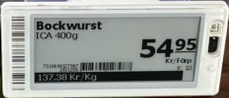
Vara: Bockwurst
Genomsnittspris: 137.38 per kg